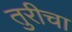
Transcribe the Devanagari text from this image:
तुरीचा